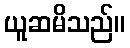
ယူဆမိသည်။